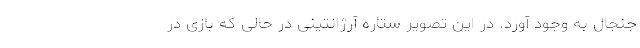
جنجال به وجود آورد. در این تصویر ستاره آرژانتینی در حالی که بازی در